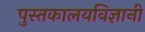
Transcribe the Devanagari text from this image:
पुस्तकालयविज्ञानी